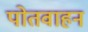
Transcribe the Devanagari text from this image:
पोतवाहन